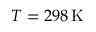
T = 2 9 8 \, \mathrm { K }